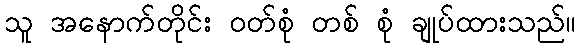
သူ အနောက်တိုင်း ဝတ်စုံ တစ် စုံ ချုပ်ထားသည်။